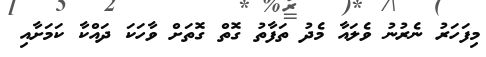
މިފަހަރު ނެރުނު ވެލައާ މެދު ތަފާތު ގޮތް ގޮތަށް ވާހަކަ ދައްކާ ކަމަށާއި